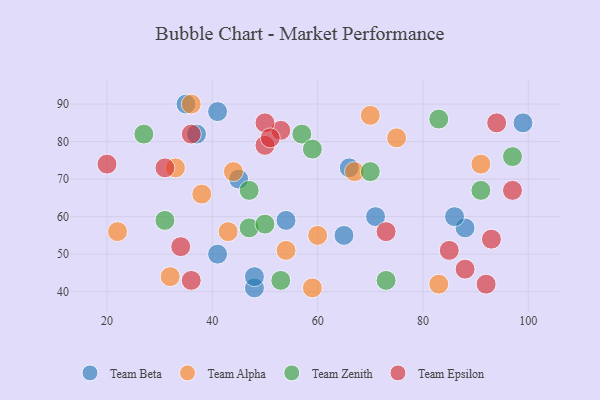
{"axis": {"x": "GDP", "y": "Life Expectancy"}, "legend": ["Team Alpha", "Team Beta", "Team Epsilon", "Team Zenith"], "data": [{"x": "41", "y": 50, "type": "Team Beta"}, {"x": "71", "y": 60, "type": "Team Beta"}, {"x": "48", "y": 41, "type": "Team Beta"}, {"x": "54", "y": 59, "type": "Team Beta"}, {"x": "65", "y": 55, "type": "Team Beta"}, {"x": "41", "y": 88, "type": "Team Beta"}, {"x": "35", "y": 90, "type": "Team Beta"}, {"x": "48", "y": 44, "type": "Team Beta"}, {"x": "99", "y": 85, "type": "Team Beta"}, {"x": "45", "y": 70, "type": "Team Beta"}, {"x": "88", "y": 57, "type": "Team Beta"}, {"x": "86", "y": 60, "type": "Team Beta"}, {"x": "37", "y": 82, "type": "Team Beta"}, {"x": "66", "y": 73, "type": "Team Beta"}, {"x": "70", "y": 87, "type": "Team Alpha"}, {"x": "36", "y": 90, "type": "Team Alpha"}, {"x": "43", "y": 56, "type": "Team Alpha"}, {"x": "60", "y": 55, "type": "Team Alpha"}, {"x": "83", "y": 42, "type": "Team Alpha"}, {"x": "38", "y": 66, "type": "Team Alpha"}, {"x": "22", "y": 56, "type": "Team Alpha"}, {"x": "32", "y": 44, "type": "Team Alpha"}, {"x": "75", "y": 81, "type": "Team Alpha"}, {"x": "54", "y": 51, "type": "Team Alpha"}, {"x": "33", "y": 73, "type": "Team Alpha"}, {"x": "67", "y": 72, "type": "Team Alpha"}, {"x": "59", "y": 41, "type": "Team Alpha"}, {"x": "44", "y": 72, "type": "Team Alpha"}, {"x": "91", "y": 74, "type": "Team Alpha"}, {"x": "47", "y": 57, "type": "Team Zenith"}, {"x": "73", "y": 43, "type": "Team Zenith"}, {"x": "91", "y": 67, "type": "Team Zenith"}, {"x": "57", "y": 82, "type": "Team Zenith"}, {"x": "47", "y": 67, "type": "Team Zenith"}, {"x": "50", "y": 58, "type": "Team Zenith"}, {"x": "31", "y": 59, "type": "Team Zenith"}, {"x": "53", "y": 43, "type": "Team Zenith"}, {"x": "27", "y": 82, "type": "Team Zenith"}, {"x": "70", "y": 72, "type": "Team Zenith"}, {"x": "59", "y": 78, "type": "Team Zenith"}, {"x": "83", "y": 86, "type": "Team Zenith"}, {"x": "97", "y": 76, "type": "Team Zenith"}, {"x": "34", "y": 52, "type": "Team Epsilon"}, {"x": "93", "y": 54, "type": "Team Epsilon"}, {"x": "53", "y": 83, "type": "Team Epsilon"}, {"x": "88", "y": 46, "type": "Team Epsilon"}, {"x": "92", "y": 42, "type": "Team Epsilon"}, {"x": "50", "y": 85, "type": "Team Epsilon"}, {"x": "36", "y": 43, "type": "Team Epsilon"}, {"x": "85", "y": 51, "type": "Team Epsilon"}, {"x": "97", "y": 67, "type": "Team Epsilon"}, {"x": "31", "y": 73, "type": "Team Epsilon"}, {"x": "73", "y": 56, "type": "Team Epsilon"}, {"x": "94", "y": 85, "type": "Team Epsilon"}, {"x": "50", "y": 79, "type": "Team Epsilon"}, {"x": "51", "y": 81, "type": "Team Epsilon"}, {"x": "36", "y": 82, "type": "Team Epsilon"}, {"x": "20", "y": 74, "type": "Team Epsilon"}]}